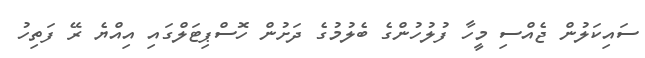
ސައިކަލުން ޖެއްސި މީހާ ފުލުހުންގެ ބެލުމުގެ ދަށުން ހޮސްޕިޓަލްގައި އިއްޔެ ރޭ ފަތިހު